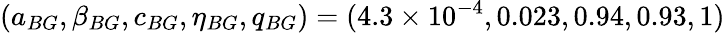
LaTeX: (a_{BG},\beta_{BG},c_{BG},\eta_{BG},q_{BG})=(4.3\times 10^{-4},0.023,0.94,0.93,1)